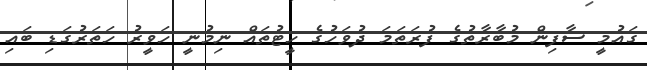
ގައުމީ ސާފިން މުބާރާތުގެ ފުރަތަމަ ދުވަހުގެ ހީޓުތައް ނިމުނީ ހަވީރު ހަތަރުގަޑި ބައި